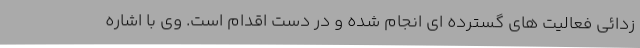
زدائی فعالیت های گسترده ای انجام شده و در دست اقدام است. وی با اشاره